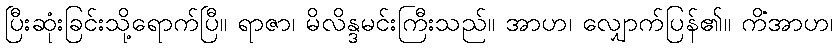
ပြီးဆုံးခြင်းသို့ရောက်ပြီ။ ရာဇာ၊ မိလိန္ဒမင်းကြီးသည်။ အာဟ၊ လျှောက်ပြန်၏။ ကိံအာဟ၊